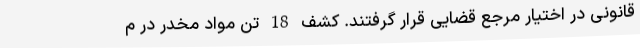
قانونی در اختیار مرجع قضایی قرار گرفتند. کشف 18 تن مواد مخدر در م